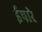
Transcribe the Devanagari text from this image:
ईपारे